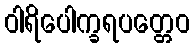
ဝါရိပေါက္ခရပတ္တေဝ